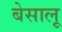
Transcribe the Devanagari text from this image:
बेसालू